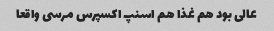
عالی بود هم غذا هم اسنپ اکسپرس مرسی واقعا